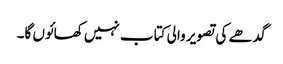
گدھے کی تصویر والی کتاب نہیں کھائوں گا۔